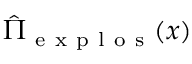
\hat { \Pi } _ { \mathrm { ~ e ~ x ~ p ~ l ~ o ~ s ~ } } ( x )